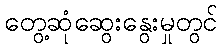
တွေ့ဆုံဆွေးနွေးမှုတွင်